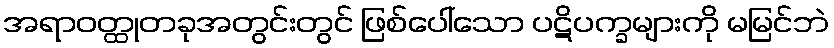
အရာဝတ္ထုတခုအတွင်းတွင် ဖြစ်ပေါ်သော ပဋိပက္ခများကို မမြင်ဘဲ